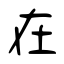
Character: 在